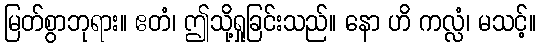
မြတ်စွာဘုရား။ ဧတံ၊ ဤသို့ရှုခြင်းသည်။ နော ဟိ ကလ္လံ၊ မသင့်။